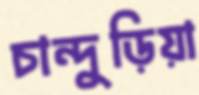
চান্দুড়িয়া